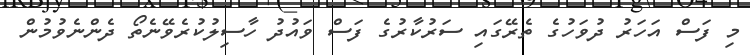
މި ފަސް އަހަރު ދުވަހުގެ ތެރޭގައި ސަރުކާރުގެ ފަސް ވައުދު ހާސިލުކުރެވޭނެތޯ ދެންނެވުމުން